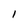
Character: 1